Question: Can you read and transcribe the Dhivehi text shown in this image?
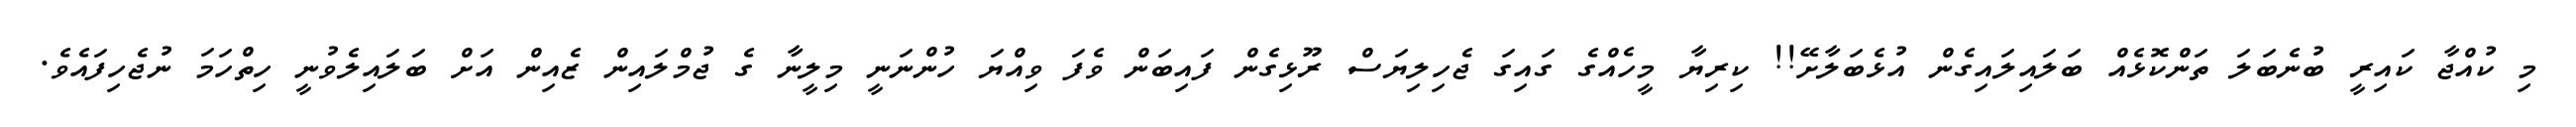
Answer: މި ކުއްޖާ ކައިރީ ބުނެބަލަ ތަންކޮޅެއް ބަލައިލައިގެން އުޅެބަލާށޭ!! ކިރިޔާ މީހެއްގެ ގައިގަ ޖެހިލިޔަސް ރޫޅިގެން ފައިބަން ވެފަ ވިއްޔަ ހުންނަނީ މިލީނާ ގެ ޖުމްލައިން ޒެއިން އަށް ބަލައިލެވުނީ ހިތްހަމަ ނުޖެހިފައެވެ.